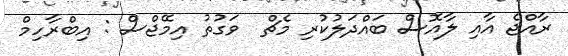
ރާއްޖެ އާއި ލާއޮސް ބައްދަލުކުރި މެޗް  ވަގުތު އިމޭޖްސް : އިބްރާހިމް